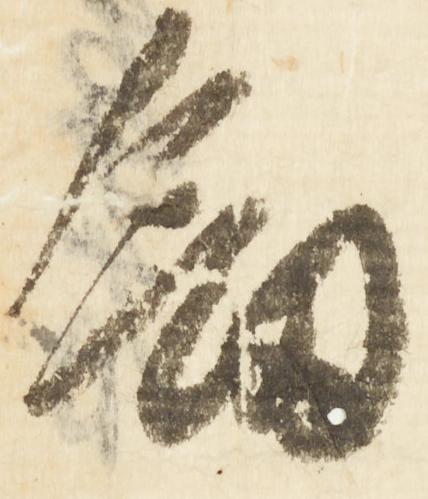
剱